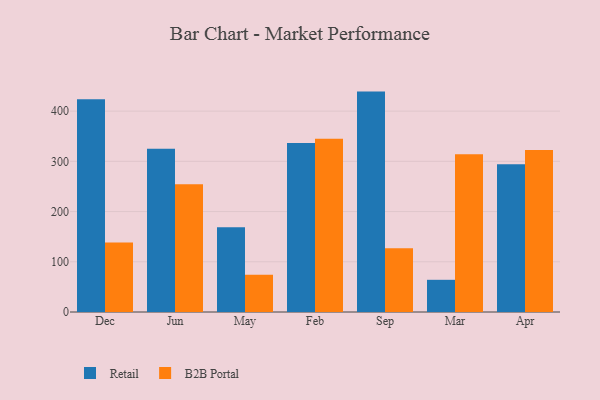
{"axis": {"x": "Month", "y": "Operating Costs (USD K)"}, "legend": ["B2B Portal", "Retail"], "data": [{"x": "Dec", "y": 423.7, "type": "Retail"}, {"x": "Dec", "y": 138.5, "type": "B2B Portal"}, {"x": "Jun", "y": 325.2, "type": "Retail"}, {"x": "Jun", "y": 254.6, "type": "B2B Portal"}, {"x": "May", "y": 168.9, "type": "Retail"}, {"x": "May", "y": 74.0, "type": "B2B Portal"}, {"x": "Feb", "y": 336.3, "type": "Retail"}, {"x": "Feb", "y": 345.0, "type": "B2B Portal"}, {"x": "Sep", "y": 438.9, "type": "Retail"}, {"x": "Sep", "y": 126.8, "type": "B2B Portal"}, {"x": "Mar", "y": 64.1, "type": "Retail"}, {"x": "Mar", "y": 314.0, "type": "B2B Portal"}, {"x": "Apr", "y": 294.4, "type": "Retail"}, {"x": "Apr", "y": 322.8, "type": "B2B Portal"}]}